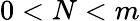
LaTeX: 0<N<m